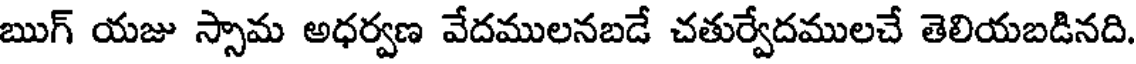
ఋగ్ యజు స్సామ అధర్వణ వేదములనబడే చతుర్వేదములచే తెలియబడినది